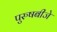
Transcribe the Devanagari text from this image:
पुरुषबीजे